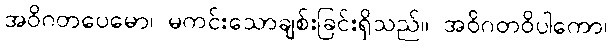
အဝိဂတပေမော၊ မကင်းသောချစ်းခြင်းရှိသည်။ အဝိဂတဝိပါကော၊